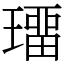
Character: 璢